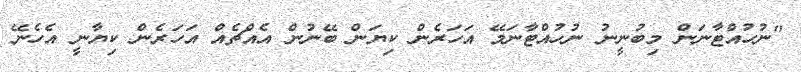
"ނުހުއްޓާނަން މިބުނީނު ނުހުއްޓާނަމޭ އަހަރެން ކިޔަން ބޭނުން އެއްޗެއް އަހަރެން ކިޔާނީ އެހެނޭ